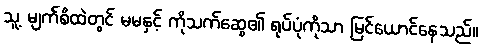
သူ့ မျက်စိထဲတွင် မမနှင့် ကိုသက်ဆွေ၏ ရုပ်ပုံကိုသာ မြင်ယောင်နေသည်။